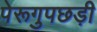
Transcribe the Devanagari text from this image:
पेरूगुपछड़ी